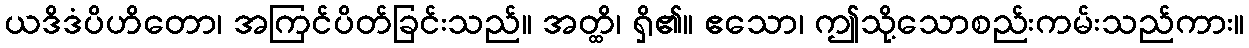
ယဒိဒံပိဟိတော၊ အကြင်ပိတ်ခြင်းသည်။ အတ္ထိ၊ ရှိ၏။ ဧသော၊ ဤသို့သောစည်းကမ်းသည်ကား။